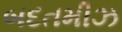
બદતમીઝ